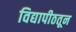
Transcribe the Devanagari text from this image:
विद्यापीठतून